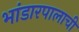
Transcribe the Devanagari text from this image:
भांडारपालाची